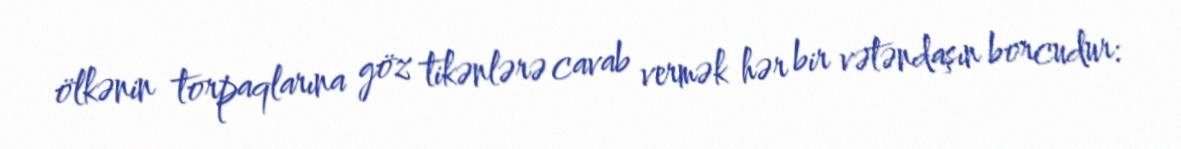
ölkənin torpaqlarına göz tikənlərə cavab vermək hər bir vətəndaşın borcudur: